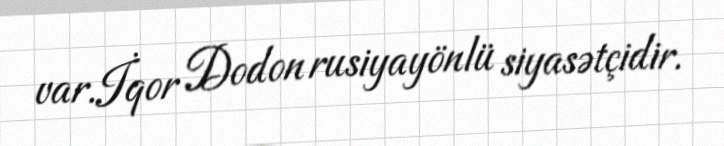
var.İqor Dodon rusiyayönlü siyasətçidir.